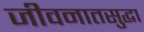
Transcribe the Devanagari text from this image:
जीवनातसुद्धा